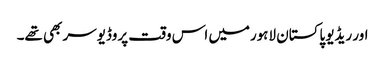
اور ریڈیو پاکستان لاہورمیں اس وقت پروڈیوسر بھی تھے۔